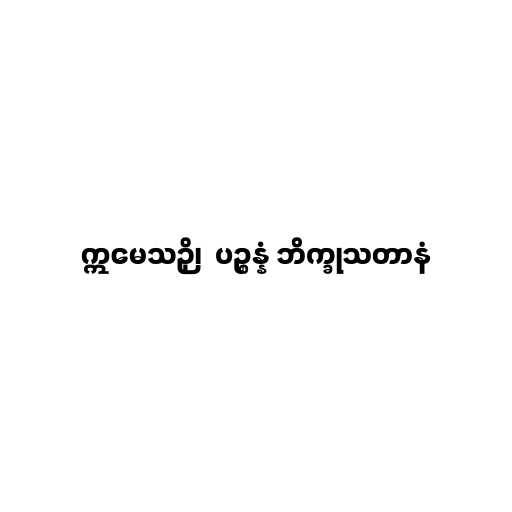
ဣမေသဉှိ၊  ပဉ္စန္နံ ဘိက္ခုသတာနံ